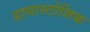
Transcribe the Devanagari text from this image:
डायास्टोलिक